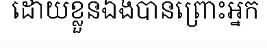
ដោយខ្លួនឯងបានព្រោះអ្នក